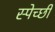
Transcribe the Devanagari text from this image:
स्पेच्छी